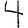
Digit: 4